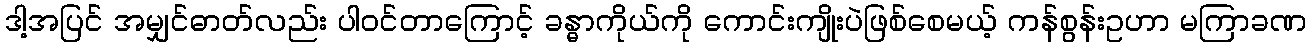
ဒါ့အပြင် အမျှင်ဓာတ်လည်း ပါဝင်တာကြောင့် ခန္ဓာကိုယ်ကို ကောင်းကျိုးပဲဖြစ်စေမယ့် ကန်စွန်းဥဟာ မကြာခဏ